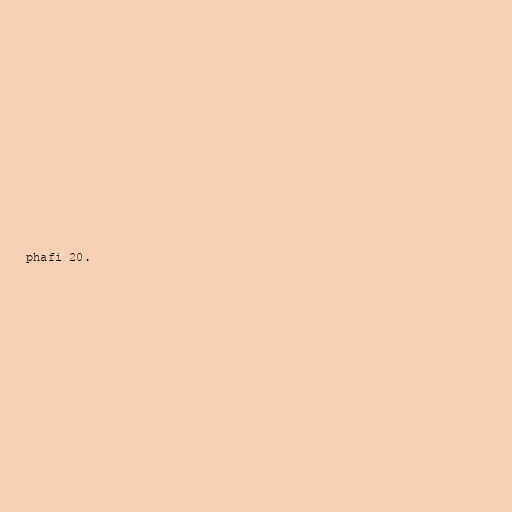
phafi 20.